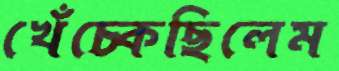
খেঁচ্‌কেছিলেম